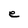
Character: e